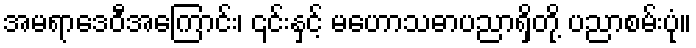
အမရာဒေဝီအကြောင်း၊ ၎င်းနှင့် မဟောသဓာပညာရှိတို့ ပညာစမ်းပုံ။